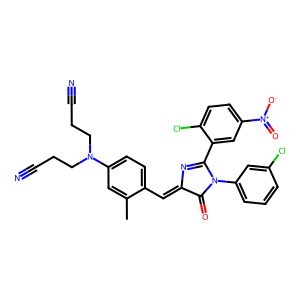
SMILES: Cc1cc(N(CCC#N)CCC#N)ccc1C=C1N=C(c2cc([N+](=O)[O-])ccc2Cl)N(c2cccc(Cl)c2)C1=O
Inhibits HIV replication: No